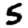
Digit: 5